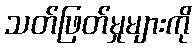
သတ်ဖြတ်မှုများကို